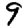
Digit: 9